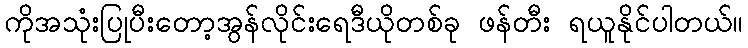
ကိုအသုံးပြုပီးတော့အွန်လိုင်းရေဒီယိုတစ်ခု ဖန်တီး ရယူနိုင်ပါတယ်။